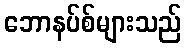
ဘောနပ်စ်များသည်